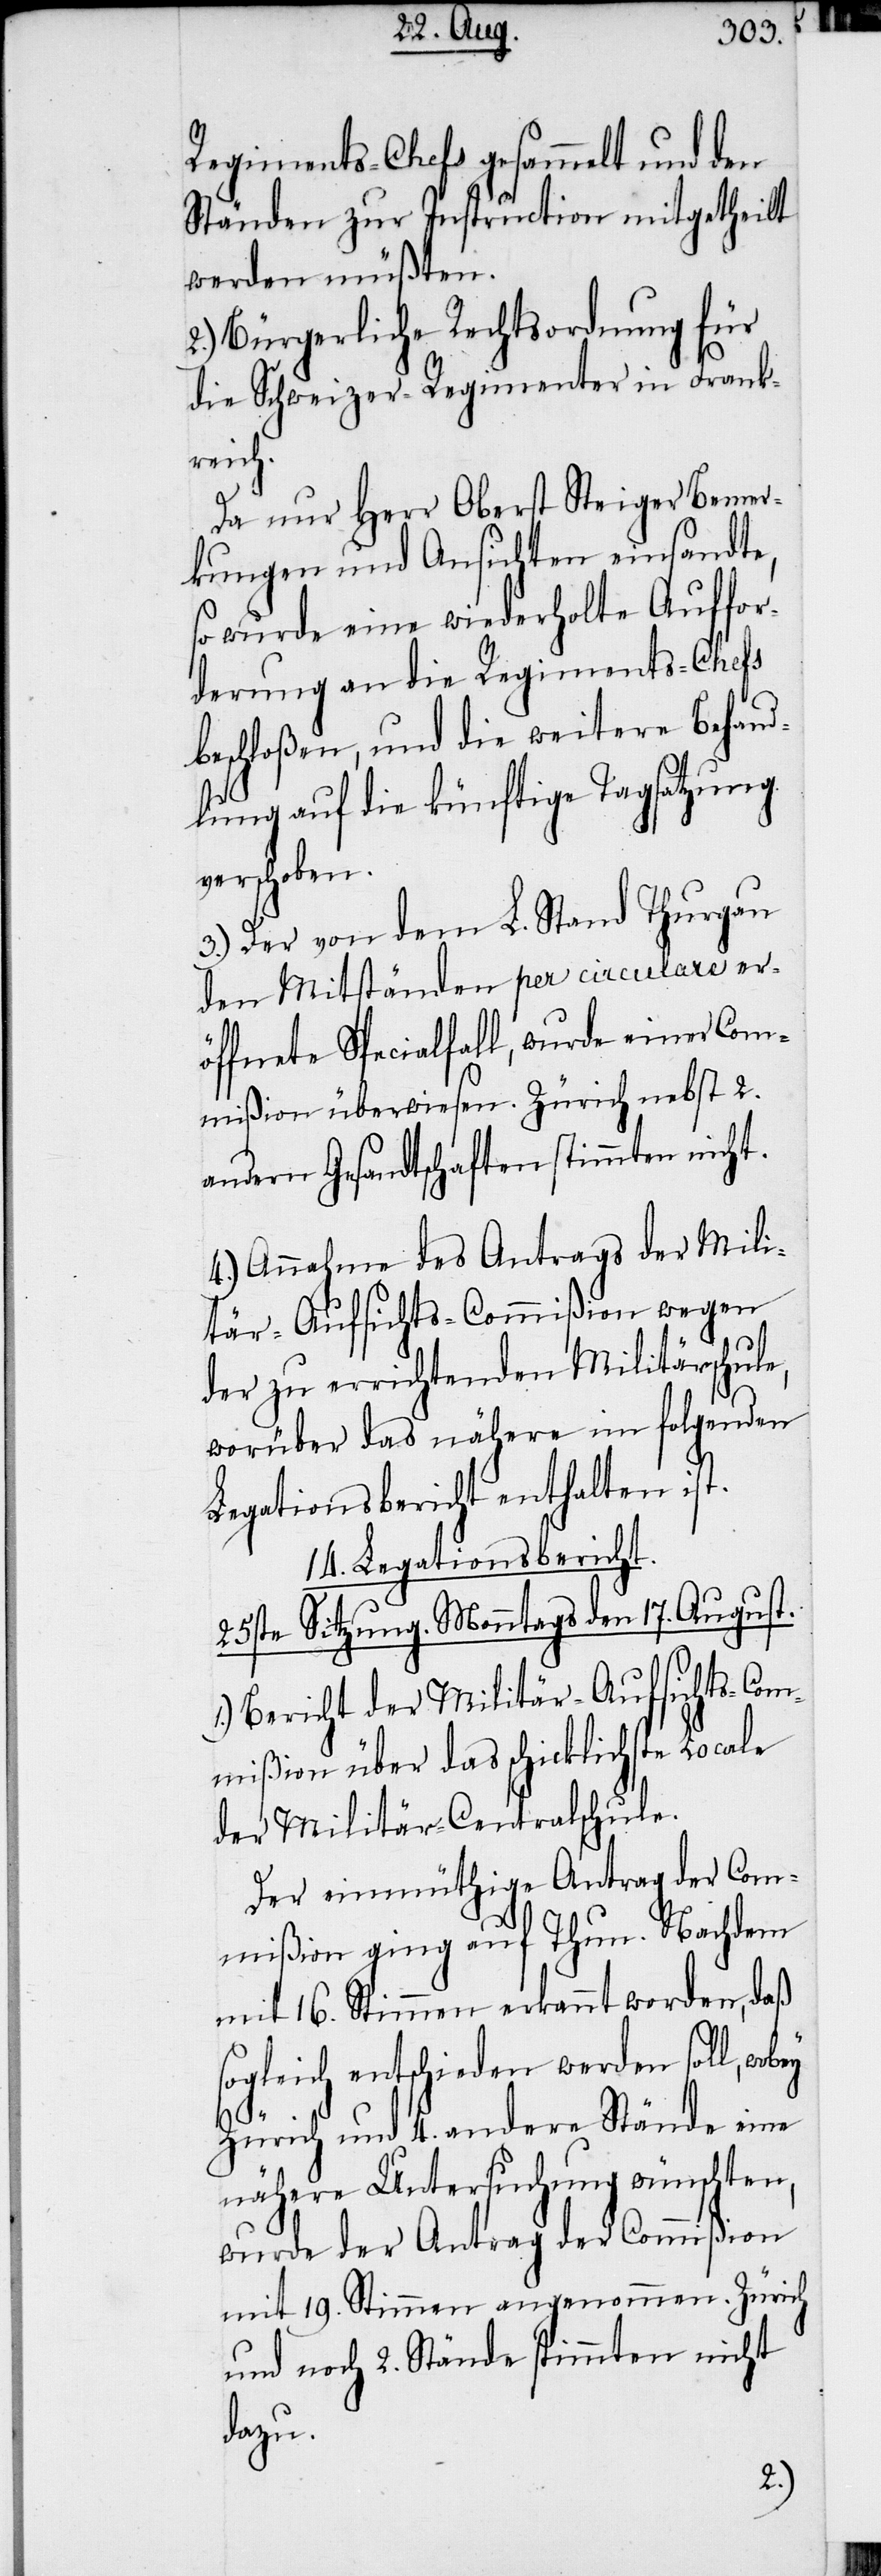
Regiments-Chefs gesammelt und den
Ständen zur Instruction mitgetheilt
werden müßten.
2.) Bürgerliche Rechtsordnung für
die Schweizer-Regimenter in Frank¬
reich.
Da nur Herr Oberst Steiger Bemer¬
kungen und Ansichten einsandte,
so wurde eine wiederholte Auffor¬
derung an die Regiments-Chefs
beschloßen, und die weitere Behand¬
lung auf die künftige Tagsatzung
verschoben.
3.) Der von dem L. Stand Thurgau
den Mitständen per circulare er¬
öffnete Specialfall, wurde einer Com¬
mißion überwiesen. Zürich nebst 2.
andern Gesandtschaften stimmten nicht.
4.) Annahme des Antrags der Mili¬
tär-Aufsichts-Commißion wegen
der zu errichtenden Militärschule,
worüber das nähere im folgenden
Legationsbericht enthalten ist.
14. Legationsbericht.
25ste Sitzung. Monntags den 17. August.
1.) Bericht der Militär-Aufsichts-Com¬
mißion über das schicklichste Locale
der Militär-Centralschule.
Der einmüthige Antrag der Com¬
mißion ging auf Thun. Nachdem
mit 16. Stimmen erkannt worden, daß
sogleich entschieden werden soll, wobey
Zürich und 4. andere Stände eine
nähere Untersuchung wünschten,
wurde der Antrag der Commißion
mit 19. Stimmen angenommen. Zürich
und noch 2. Stände stimmten nicht
dazu.